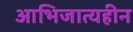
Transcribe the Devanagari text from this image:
आभिजात्यहीन